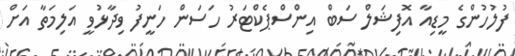
ފުލުހުންގެ މީޑިއާ އޮފިޝަލް ސަބް އިންސްޕެކްޓަރު ހަސަން ހަނީފު ވިދާޅުވީ އަލިމަތާ އަށް